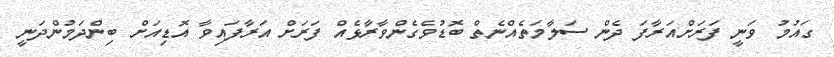
ގައުމު ވަނީ ފަރަށްއަރާފަ ދެން ސަލާމަތެއްނެތް ބޮޑުވެގެންވާރާޅެއް ފަރަށް އަރާފައިވާ އޮޑިއަށް ބިންދަމުންދަނީ